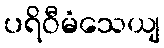
ပရိဝီမံသေယျ